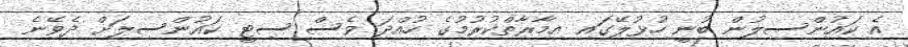
އެ ކައުންސިލުން ބުނީ ހުޅުލޭގައި އިމާރާތްކުރުމުގެ ހުއްދަ ވެސް ސިޓީ ކައުންސިލަށް ދެވޭނެ